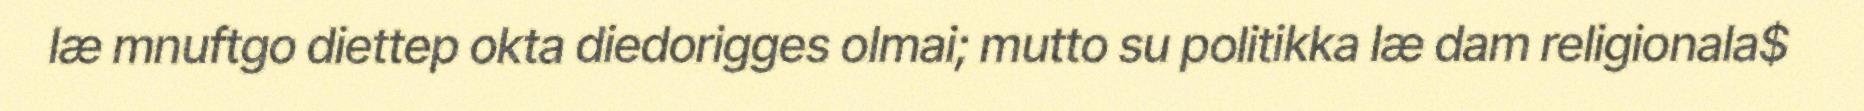
læ mnuftgo diettep okta diedorigges olmai; mutto su politikka læ dam religionala$